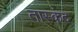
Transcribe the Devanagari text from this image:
तास्कंद